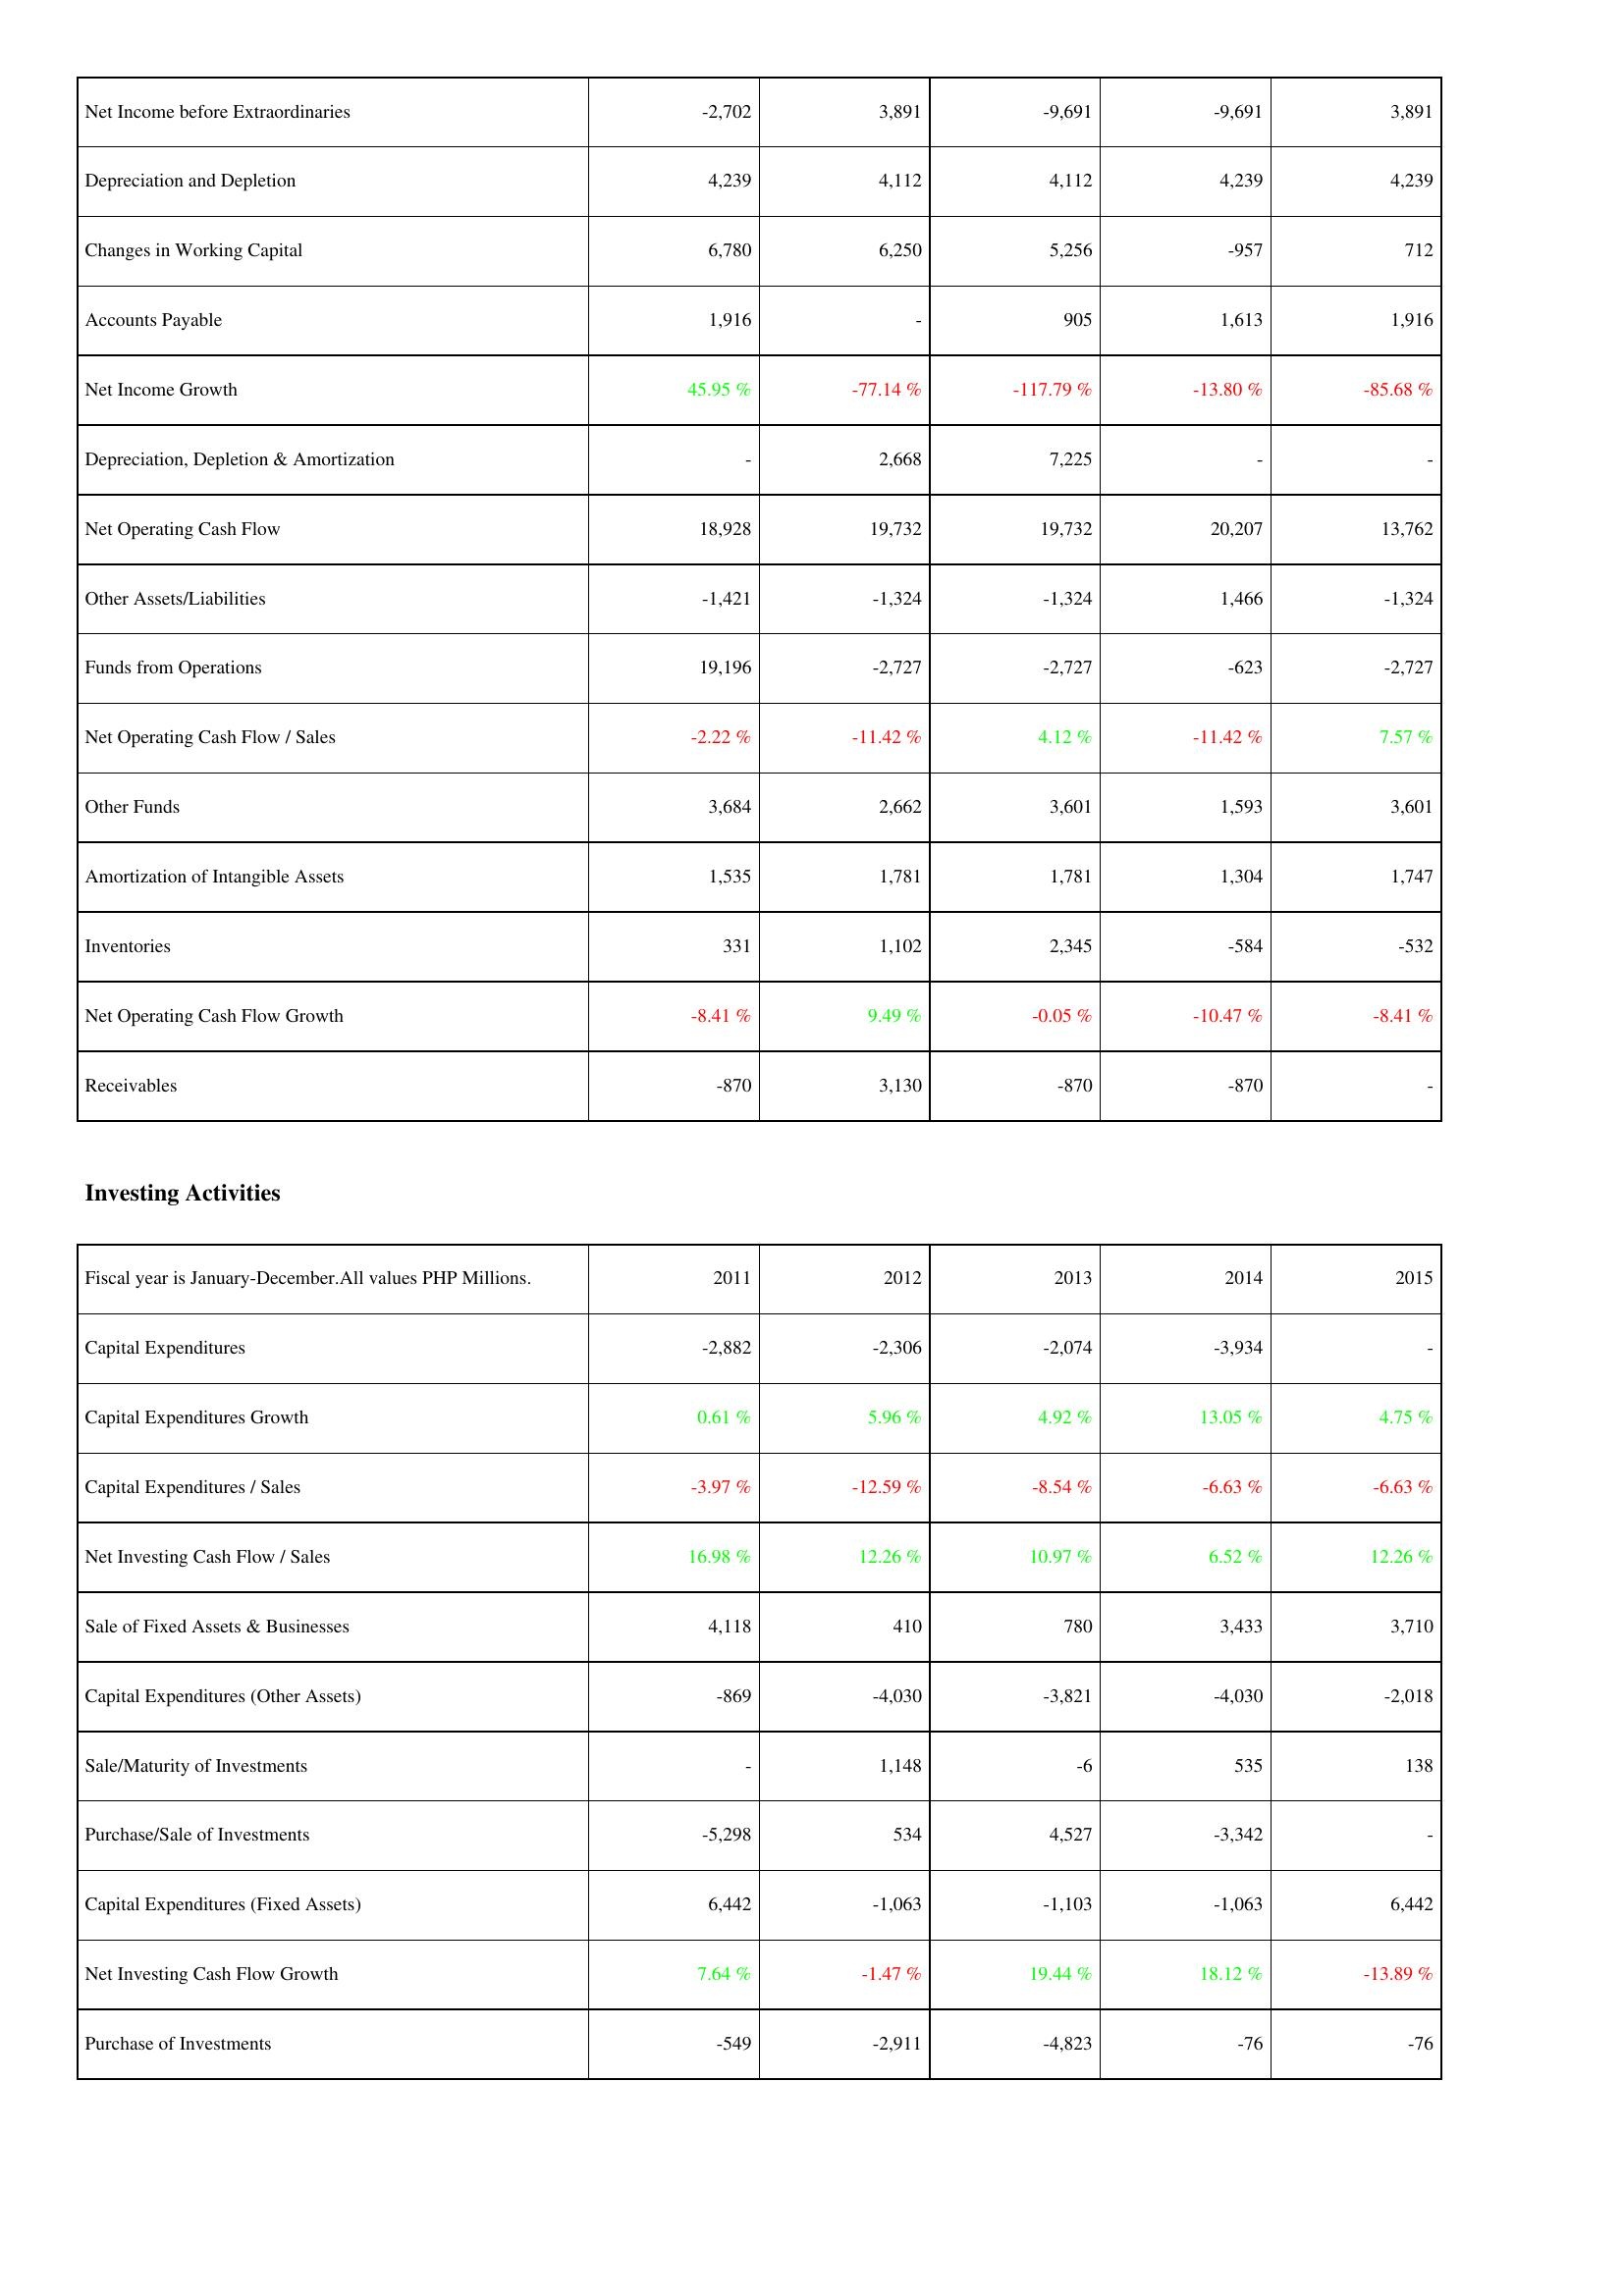
2011: Operating Activities: Net Income before Extraordinaries: -2,702
Depreciation and Depletion: 4,239
Changes in Working Capital: 6,780
Accounts Payable: 1,916
Net Income Growth: 45.95 %
Depreciation, Depletion & Amortization: -
Net Operating Cash Flow: 18,928
Other Assets/Liabilities: -1,421
Funds from Operations: 19,196
Net Operating Cash Flow / Sales: -2.22 %
Other Funds: 3,684
Amortization of Intangible Assets: 1,535
Inventories: 331
Net Operating Cash Flow Growth: -8.41 %
Receivables: -870
Investing Activities: Capital Expenditures: -2,882
Capital Expenditures Growth: 0.61 %
Capital Expenditures / Sales: -3.97 %
Net Investing Cash Flow / Sales: 16.98 %
Sale of Fixed Assets & Businesses: 4,118
Capital Expenditures (Other Assets): -869
Sale/Maturity of Investments: -
Purchase/Sale of Investments: -5,298
Capital Expenditures (Fixed Assets): 6,442
Net Investing Cash Flow Growth: 7.64 %
Purchase of Investments: -549
2012: Operating Activities: Net Income before Extraordinaries: 3,891
Depreciation and Depletion: 4,112
Changes in Working Capital: 6,250
Accounts Payable: -
Net Income Growth: -77.14 %
Depreciation, Depletion & Amortization: 2,668
Net Operating Cash Flow: 19,732
Other Assets/Liabilities: -1,324
Funds from Operations: -2,727
Net Operating Cash Flow / Sales: -11.42 %
Other Funds: 2,662
Amortization of Intangible Assets: 1,781
Inventories: 1,102
Net Operating Cash Flow Growth: 9.49 %
Receivables: 3,130
Investing Activities: Capital Expenditures: -2,306
Capital Expenditures Growth: 5.96 %
Capital Expenditures / Sales: -12.59 %
Net Investing Cash Flow / Sales: 12.26 %
Sale of Fixed Assets & Businesses: 410
Capital Expenditures (Other Assets): -4,030
Sale/Maturity of Investments: 1,148
Purchase/Sale of Investments: 534
Capital Expenditures (Fixed Assets): -1,063
Net Investing Cash Flow Growth: -1.47 %
Purchase of Investments: -2,911
2013: Operating Activities: Net Income before Extraordinaries: -9,691
Depreciation and Depletion: 4,112
Changes in Working Capital: 5,256
Accounts Payable: 905
Net Income Growth: -117.79 %
Depreciation, Depletion & Amortization: 7,225
Net Operating Cash Flow: 19,732
Other Assets/Liabilities: -1,324
Funds from Operations: -2,727
Net Operating Cash Flow / Sales: 4.12 %
Other Funds: 3,601
Amortization of Intangible Assets: 1,781
Inventories: 2,345
Net Operating Cash Flow Growth: -0.05 %
Receivables: -870
Investing Activities: Capital Expenditures: -2,074
Capital Expenditures Growth: 4.92 %
Capital Expenditures / Sales: -8.54 %
Net Investing Cash Flow / Sales: 10.97 %
Sale of Fixed Assets & Businesses: 780
Capital Expenditures (Other Assets): -3,821
Sale/Maturity of Investments: -6
Purchase/Sale of Investments: 4,527
Capital Expenditures (Fixed Assets): -1,103
Net Investing Cash Flow Growth: 19.44 %
Purchase of Investments: -4,823
2014: Operating Activities: Net Income before Extraordinaries: -9,691
Depreciation and Depletion: 4,239
Changes in Working Capital: -957
Accounts Payable: 1,613
Net Income Growth: -13.80 %
Depreciation, Depletion & Amortization: -
Net Operating Cash Flow: 20,207
Other Assets/Liabilities: 1,466
Funds from Operations: -623
Net Operating Cash Flow / Sales: -11.42 %
Other Funds: 1,593
Amortization of Intangible Assets: 1,304
Inventories: -584
Net Operating Cash Flow Growth: -10.47 %
Receivables: -870
Investing Activities: Capital Expenditures: -3,934
Capital Expenditures Growth: 13.05 %
Capital Expenditures / Sales: -6.63 %
Net Investing Cash Flow / Sales: 6.52 %
Sale of Fixed Assets & Businesses: 3,433
Capital Expenditures (Other Assets): -4,030
Sale/Maturity of Investments: 535
Purchase/Sale of Investments: -3,342
Capital Expenditures (Fixed Assets): -1,063
Net Investing Cash Flow Growth: 18.12 %
Purchase of Investments: -76
2015: Operating Activities: Net Income before Extraordinaries: 3,891
Depreciation and Depletion: 4,239
Changes in Working Capital: 712
Accounts Payable: 1,916
Net Income Growth: -85.68 %
Depreciation, Depletion & Amortization: -
Net Operating Cash Flow: 13,762
Other Assets/Liabilities: -1,324
Funds from Operations: -2,727
Net Operating Cash Flow / Sales: 7.57 %
Other Funds: 3,601
Amortization of Intangible Assets: 1,747
Inventories: -532
Net Operating Cash Flow Growth: -8.41 %
Receivables: -
Investing Activities: Capital Expenditures: -
Capital Expenditures Growth: 4.75 %
Capital Expenditures / Sales: -6.63 %
Net Investing Cash Flow / Sales: 12.26 %
Sale of Fixed Assets & Businesses: 3,710
Capital Expenditures (Other Assets): -2,018
Sale/Maturity of Investments: 138
Purchase/Sale of Investments: -
Capital Expenditures (Fixed Assets): 6,442
Net Investing Cash Flow Growth: -13.89 %
Purchase of Investments: -76